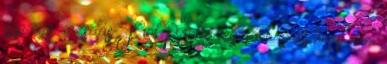
épp egy rozsdás Fiat Panda legalább örül, hogy nem